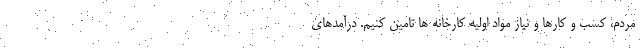
مردم، کسب و کارها و نیاز مواد اولیه کارخانه ها تامین کنیم. درآمدهای